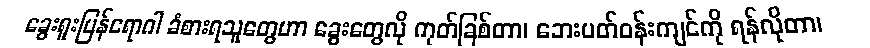
ခွေးရူးပြန်ရောဂါ ခံစားရသူတွေဟာ ခွေးတွေလို ကုတ်ခြစ်တာ၊ ဘေးပတ်ဝန်းကျင်ကို ရန်လိုတာ၊